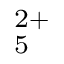
_ 5 ^ { 2 + }